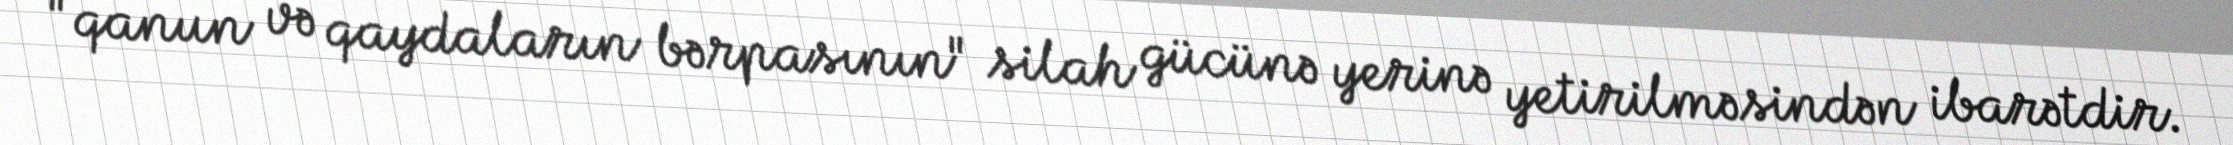
"qanun və qaydaların bərpasının" silah gücünə yerinə yetirilməsindən ibarətdir.